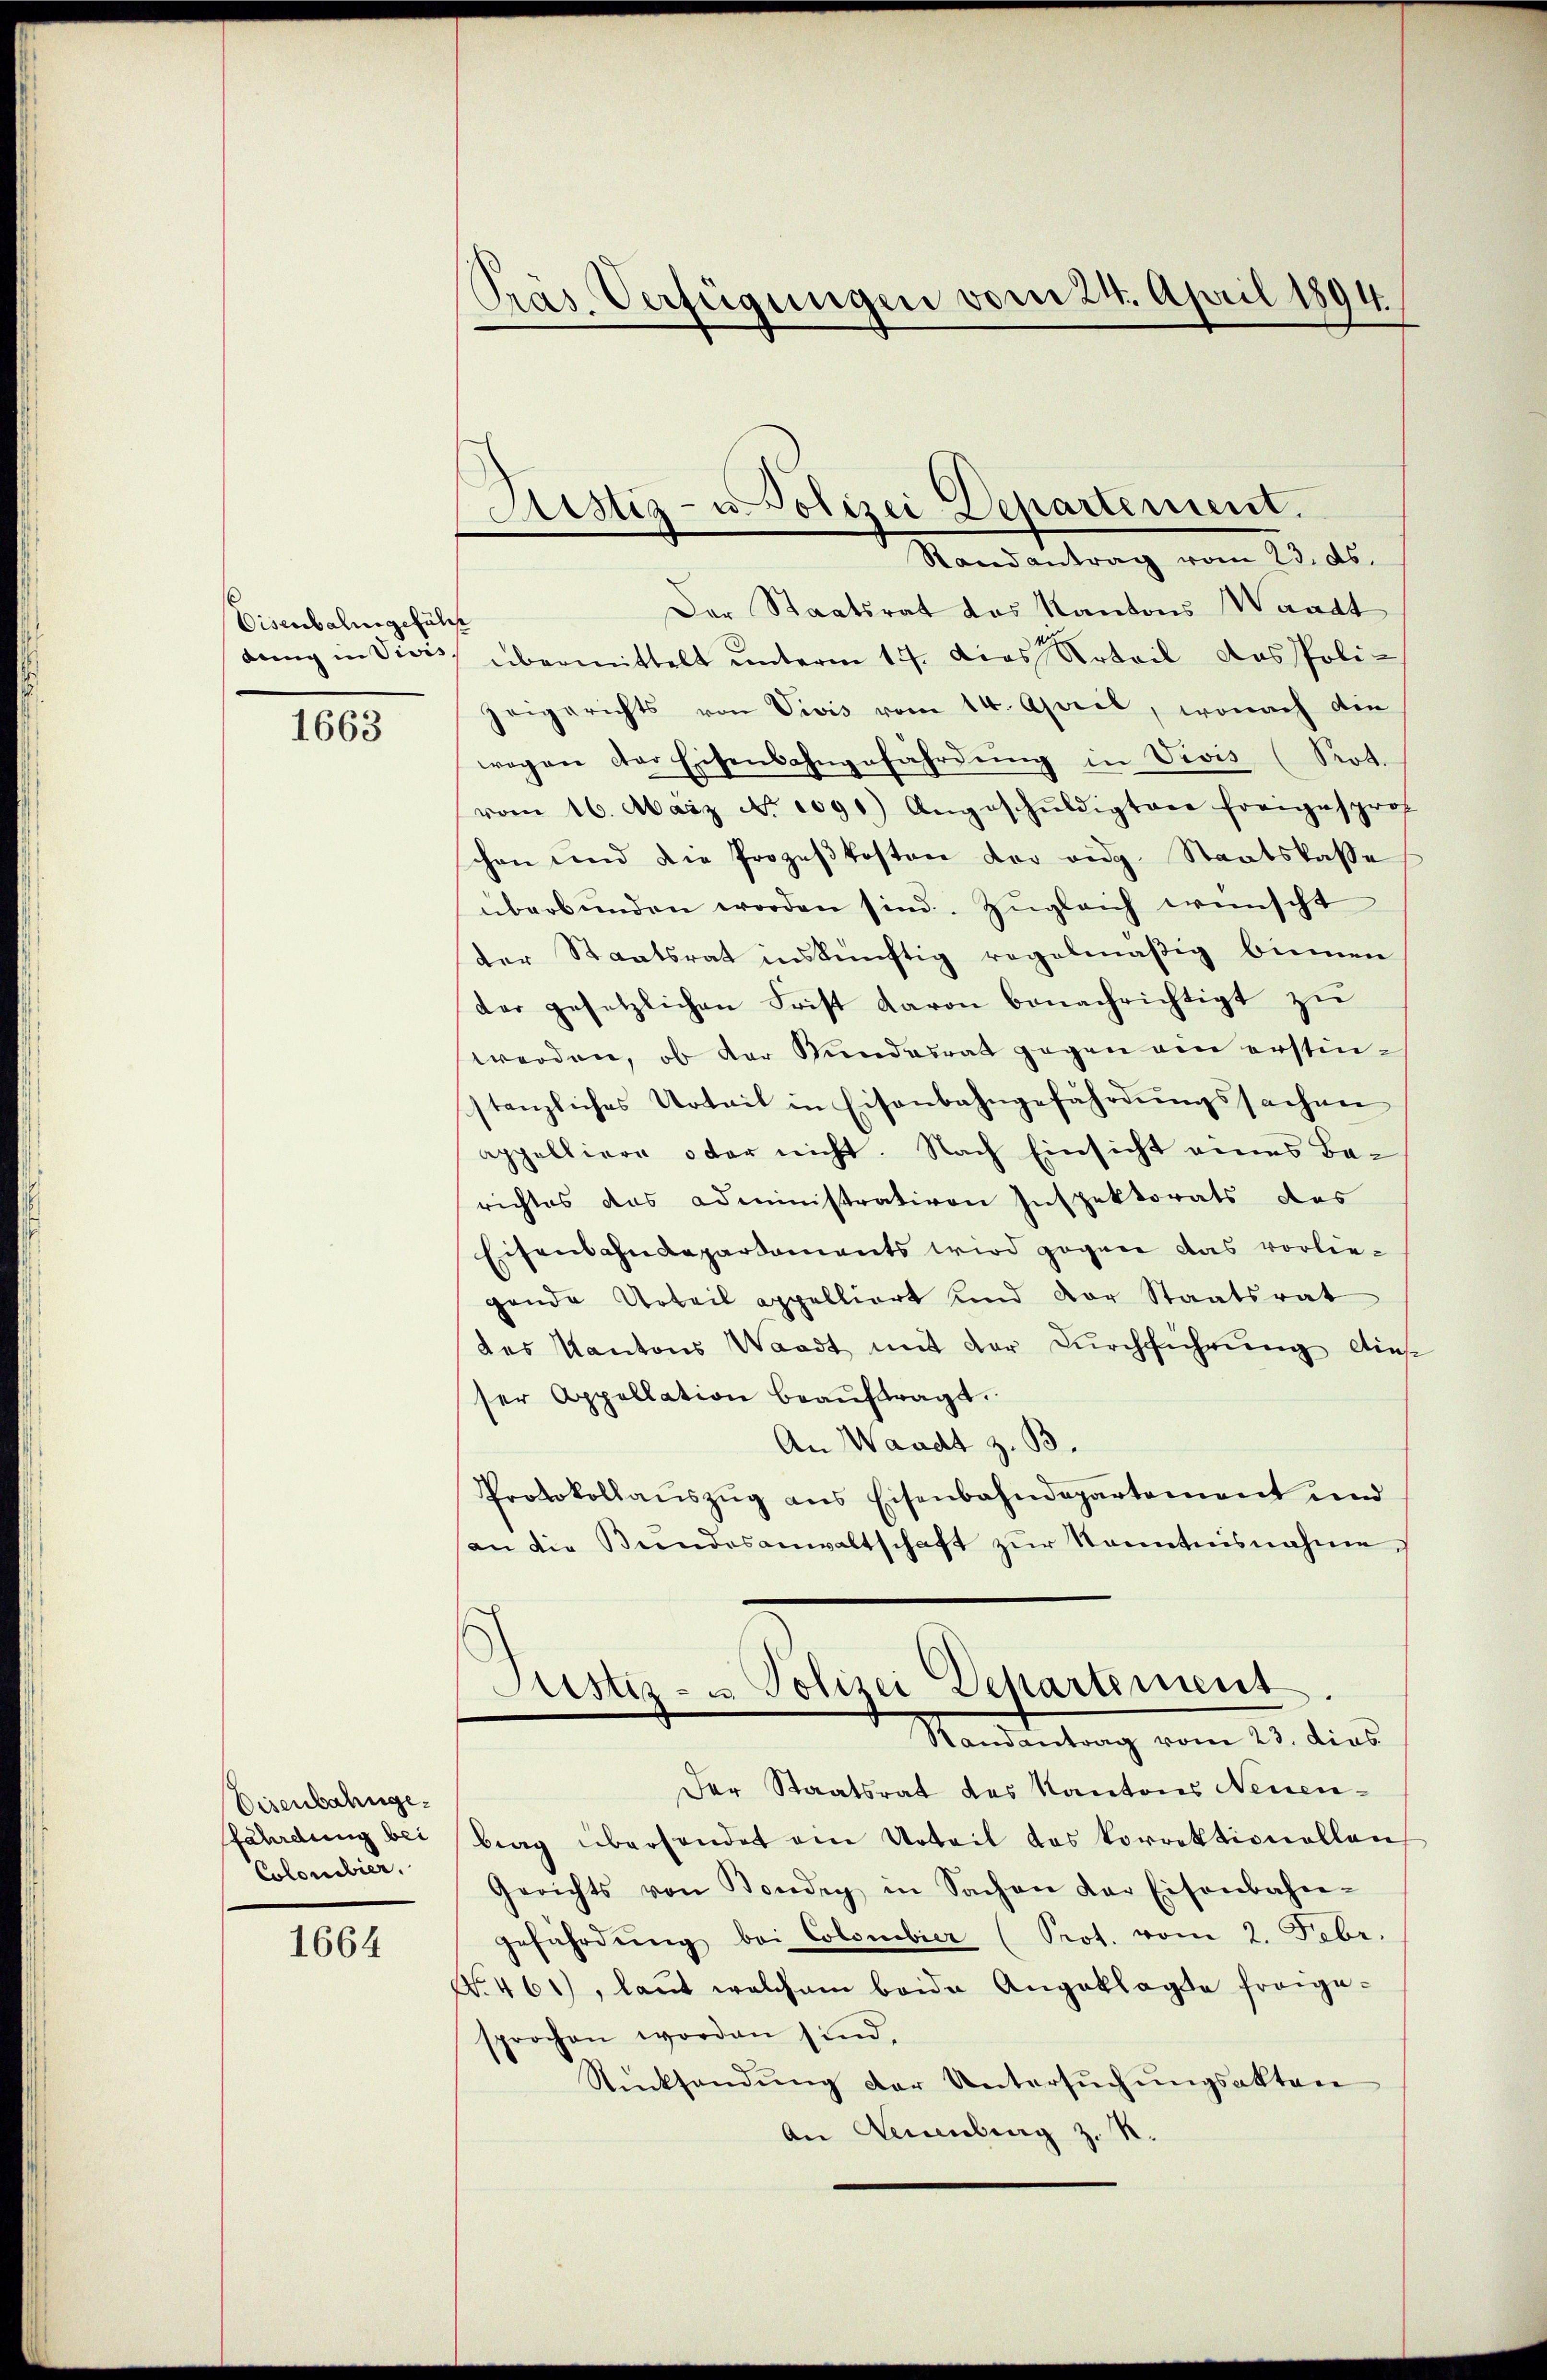
Eisenbahngeführ
dung in Vivis,

1663

Eisenbahnge.
fährdung bei
Colombier.

1664

Präs. Verfügungen vom 24. April 1894.

Sistiz- u. Polizei Departement.
Randantrag vom 23. ds.

Der Staatsrat das Kantons Waadt
übermittelt unterm 17. dies Urteil das Poli-
zeigerichts von Vivis vom 14. April, wonach die
wogen der Eisenbahngefährdŭng in Vivis (Sot.
vom 16. März No. 1091) Angeschŭldigter freigesprof
chen und die Prozeβkosten der eidg. Staatskasse
überbŭnden worden sind. Zŭgleich wünscht
der Staatsrat inskünftig regelmäßig binnen
der gesetzlichen Frist davon benachrichtigt zŭ
werden, ob der Stundesrat gegen von erstinstanzliches Urteil in Eisenbahngefährdungssachen
appelliere oder nicht. Nach Einsicht eines Berichtes das Administrativen Inspektorats das
Eisenbahndepartaments wird gegen das vorliegende Urteil appelliert und der Staatsrat
des Kantons Waadt mit der Durchführung dies
ser Appellation beaŭftragt.
An Waadt z. B.
Protokollaŭszŭg ans Eisenbahndepartement und
an die Bŭndesanwaltschaft zŭr Kenntnisnahme
Justiz- u. Polizei Departement
Randantrag vom 23. dies
Der Staatsrat des Kantons Neuenbrag überhandet am Urteil das korrektionellen,
Gerichts von Bondig in Sachen der Eisenbahn-
geführdŭng bei Colombier (Prot. vom 2. Febr.
No. 461), laut welchem beide Angeklagte freige-
sprochen worden sind,
Rücksendŭng der Untersŭchŭngsakten
An Neuenburg z. R.